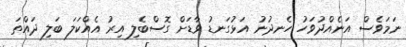
ނަމަވެސް އަނެއްދުވަހު ހެނދުނު އަޅުގަނޑު ވާޑަށް ގޮސްބެލި އިރު އެއްކަލަ ބަލި ދައްތަ